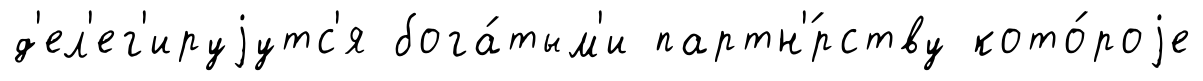
д'ел'ег'ируjутс'я бога́тым'и партн'́рству кото́роjе